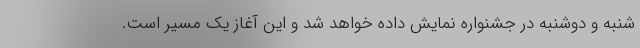
شنبه و دوشنبه در جشنواره نمایش داده خواهد شد و این آغاز یک مسیر است.